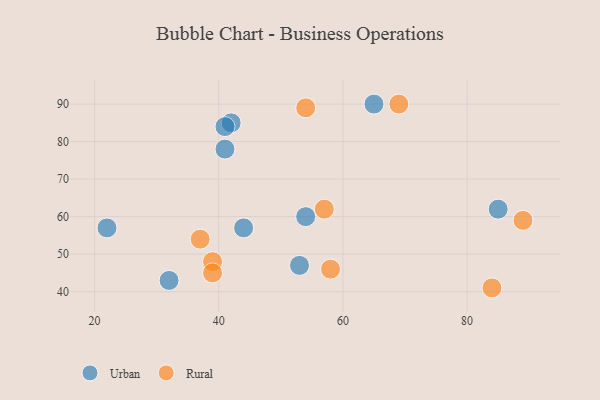
{"axis": {"x": "GDP", "y": "Life Expectancy"}, "legend": ["Rural", "Urban"], "data": [{"x": "85", "y": 62, "type": "Urban"}, {"x": "65", "y": 90, "type": "Urban"}, {"x": "22", "y": 57, "type": "Urban"}, {"x": "42", "y": 85, "type": "Urban"}, {"x": "53", "y": 47, "type": "Urban"}, {"x": "54", "y": 60, "type": "Urban"}, {"x": "41", "y": 78, "type": "Urban"}, {"x": "32", "y": 43, "type": "Urban"}, {"x": "41", "y": 84, "type": "Urban"}, {"x": "44", "y": 57, "type": "Urban"}, {"x": "39", "y": 48, "type": "Rural"}, {"x": "84", "y": 41, "type": "Rural"}, {"x": "57", "y": 62, "type": "Rural"}, {"x": "69", "y": 90, "type": "Rural"}, {"x": "58", "y": 46, "type": "Rural"}, {"x": "37", "y": 54, "type": "Rural"}, {"x": "39", "y": 45, "type": "Rural"}, {"x": "89", "y": 59, "type": "Rural"}, {"x": "54", "y": 89, "type": "Rural"}]}